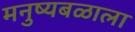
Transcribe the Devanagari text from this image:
मनुष्यबळाला